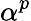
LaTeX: \alpha^{p}